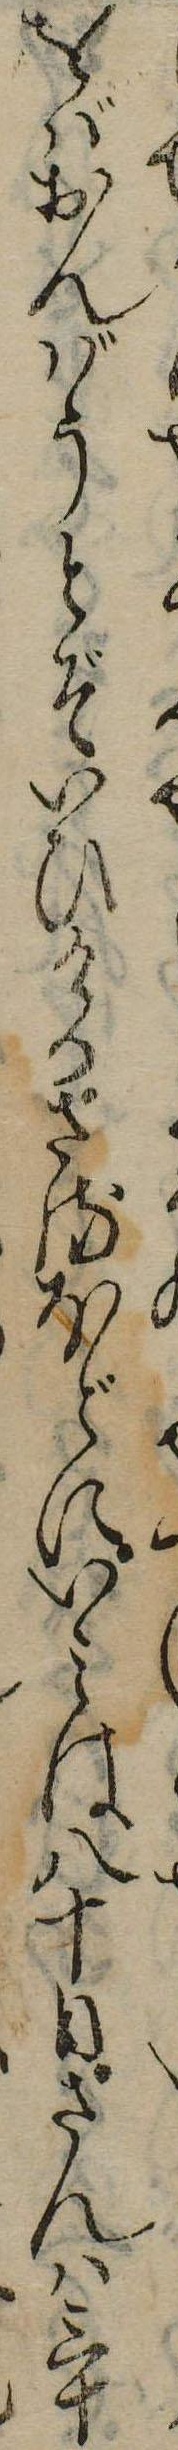
をばおんばうとぞいひけりさるほどにいは八十日さんは三十